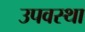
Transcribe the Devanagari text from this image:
उपवस्था